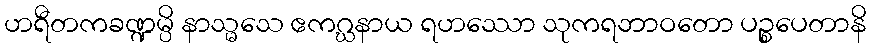
ဟရီတကခဏ္ဍမ္ပိ နာသ္မသေ ဧကဂ္ဃနာယ ရဟဿော သုကရဘာဝတော ပဉ္စပေတာနိ